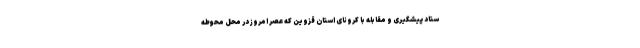
ستاد پیشگیری و مقابله با کرونای استان قزوین که عصر امروز در محل محوطهٔ